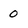
Character: 0